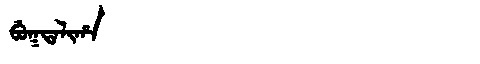
Manchu: ᠪᡠᡴᡨᠠᠯᡳᡥᠠ
Romanization: BUKTALIHA